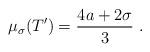
LaTeX: \begin{align*}\mu_{\sigma}(T') = \frac{4a + 2 \sigma}{3} \ . \end{align*}